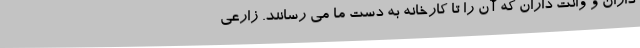
داران و وانت داران که آن را تا کارخانه به دست ما می رسانند. زارعی